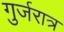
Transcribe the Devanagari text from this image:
गुर्जरात्र